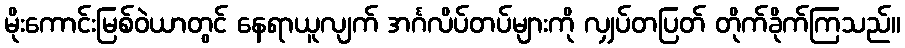
မိုးကောင်းမြစ်ဝဲယာတွင် နေရာယူလျက် အင်္ဂလိပ်တပ်များကို လျှပ်တပြတ် တိုက်ခိုက်ကြသည်။